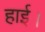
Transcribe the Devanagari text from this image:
हाई।